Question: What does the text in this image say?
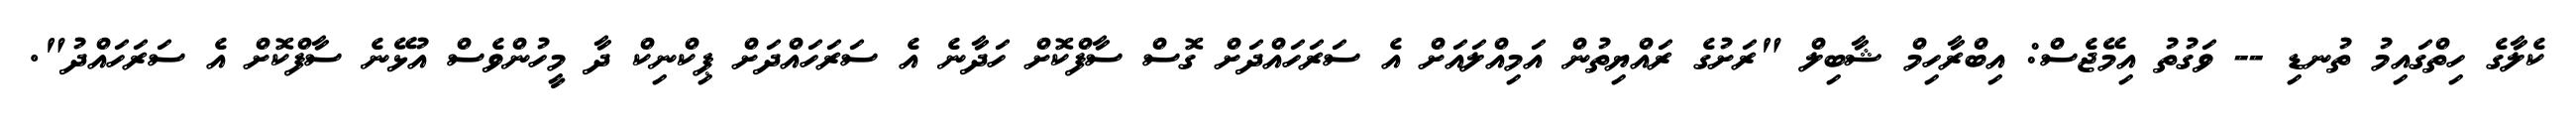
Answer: ކެލާގެ ހިތްގައިމު ތުނޑި -- ވަގުތު އިމޭޖެސް: އިބްރާހިމް ޝާބިލް "ރަށުގެ ރައްޔިތުން އަމިއްލައަށް އެ ސަރަހައްދަށް ގޮސް ސާފްކޮށް ހަދާނެ އެ ސަރަހައްދަށް ޕިކްނިކް ދާ މީހުންވެސް އުޅޭނެ ސާފްކޮށް އެ ސަރަހައްދު".